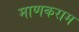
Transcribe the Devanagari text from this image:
माणकराम